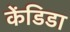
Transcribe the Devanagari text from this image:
केंडिडा